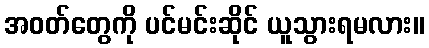
အဝတ်တွေကို ပင်မင်းဆိုင် ယူသွားရမလား။